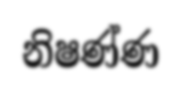
නිෂණ්ණ